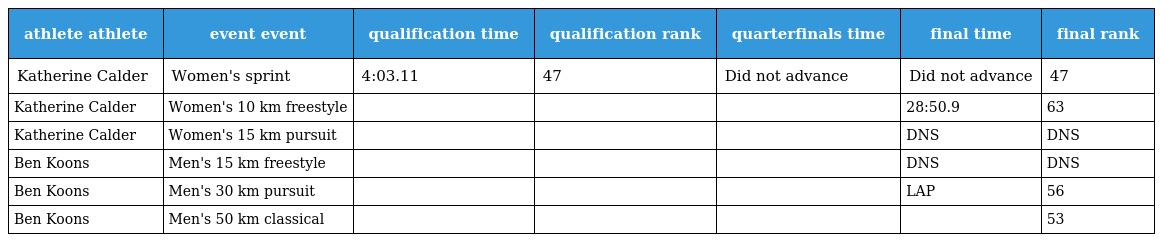
| athlete athlete | event event | qualification time | qualification rank | quarterfinals time | final time | final rank |
 | --- | --- | --- | --- | --- | --- | --- |
 | Katherine Calder | Women's sprint | 4:03.11 | 47 | Did not advance | Did not advance | 47 |
 | Katherine Calder | Women's 10 km freestyle |  |  |  | 28:50.9 | 63 |
 | Katherine Calder | Women's 15 km pursuit |  |  |  | DNS | DNS |
 | Ben Koons | Men's 15 km freestyle |  |  |  | DNS | DNS |
 | Ben Koons | Men's 30 km pursuit |  |  |  | LAP | 56 |
 | Ben Koons | Men's 50 km classical |  |  |  |  | 53 |